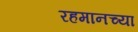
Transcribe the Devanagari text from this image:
रहमानच्या